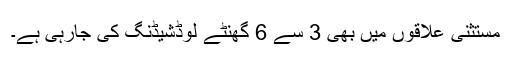
مستثنیٰ علاقوں میں بھی 3 سے 6 گھنٹے لوڈشیڈنگ کی جارہی ہے۔